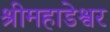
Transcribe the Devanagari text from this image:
श्रीमहाडेश्वर